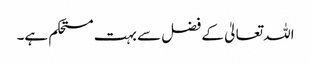
اللہ تعالیٰ کے فضل سے بہت مستحکم ہے۔